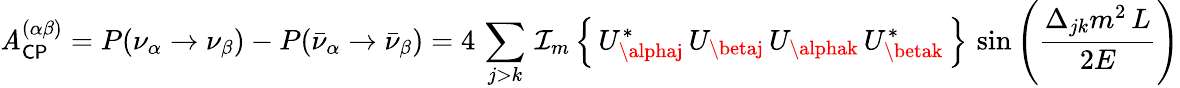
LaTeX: \mathit{A}_{\mathsf{{CP}}}^{(\alpha\beta)}=P(\nu_{\alpha}\rightarrow\nu_{\beta})-P({\bar{{\nu}}}_{\alpha}\rightarrow{\bar{{\nu}}}_{\beta})=4\, \sum_{j>k}\, \operatorname{\mathcal{{I_{m}}}}\left\{ \, U_{\alphaj}^{*}\, U_{\betaj}\, U_{\alphak}\, U_{\betak}^{*}\, \right\} \, \sin\left({\frac{{\Delta_{jk}m^{2}\, L}}{{2E}}}\right)